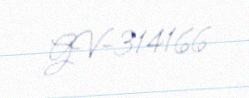
GV-314166